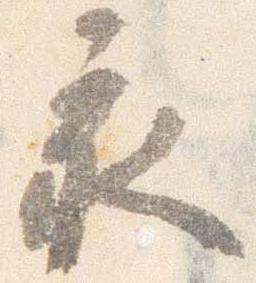
亥